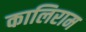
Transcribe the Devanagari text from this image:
कालिराम